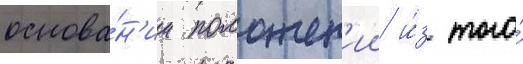
основа́н'ии положен'ии и́з того́